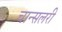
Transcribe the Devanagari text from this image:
चान्सलरी